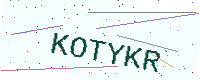
Text: KOTYKR